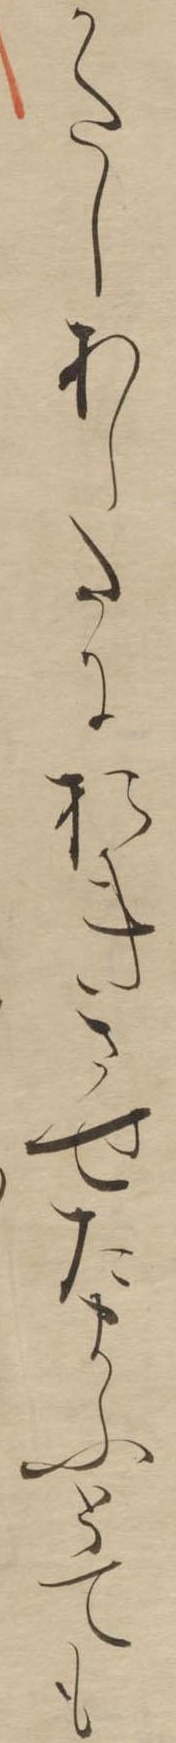
かたしあしたにおきさせたまふとても